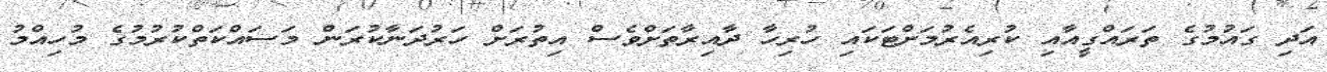
އަދި ގައުމުގެ ތަރައްގީއާއި ކުރިއެރުމަށްޓަކައި ހުރިހާ ދާއިރާތަށްވެސް އިތުރަށް ހަރުދަނާކުރަން މަސައްކަތްކުރުމުގެ މުހިއްމު